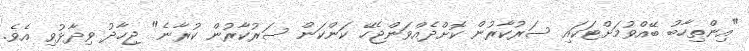
"އިންތިހާބު ބޭއްވުމަށްޓަކައި ސަރުކާރުން ކޮށްދެއްވަންޖެހޭ ކަންކަން ސަރުކާރުން ކުރާނެ" ޖިހާދު ވިދާޅުވި އެވެ.